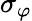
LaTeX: \sigma_{\varphi}